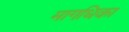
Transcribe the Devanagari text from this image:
मागधिका